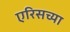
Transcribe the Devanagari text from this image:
एरिसच्या